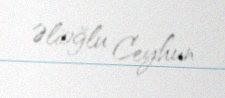
Əlioğlu Ceyhun